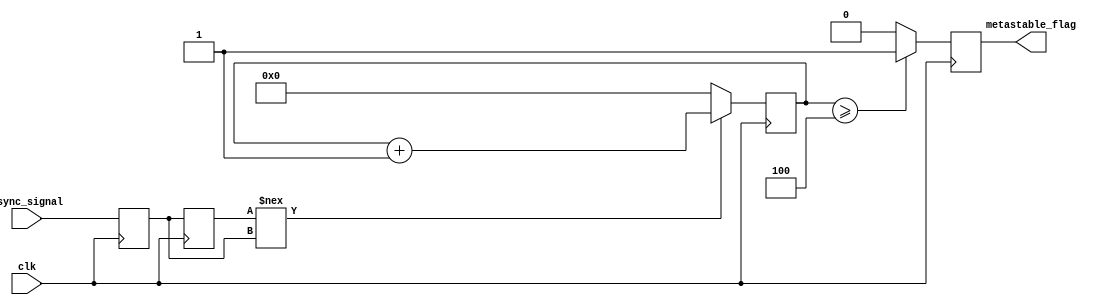
module metastability_detector #(
    parameter THRESHOLD = 4 // Number of clock cycles to confirm metastability
)(
    input wire clk,          // Sampling clock
    input wire async_signal, // Asynchronous input signal
    output reg metastable_flag // Flag indicating metastability
);

    reg [THRESHOLD-1:0] latch_count; // Count of consecutive unstable states
    reg latch1, latch2; // Intermediate latches

    // Sampling the asynchronous signal with latch1
    always @(posedge clk) begin
        latch1 <= async_signal; // Sample async signal
    end

    // Sampling the output of latch1 with latch2
    always @(posedge clk) begin
        latch2 <= latch1; // Sample latch1 output
    end

    // Detecting metastability based on output of latch2
    always @(posedge clk) begin
        if (latch2 !== latch1) begin
            // If latch2 output is different from latch1, increment the counter
            latch_count <= latch_count + 1;
        end else begin
            // Reset the counter if stable
            latch_count <= 0;
        end

        // Determine if metastability is detected based on the threshold
        if (latch_count >= THRESHOLD) begin
            metastable_flag <= 1'b1; // Metastability detected
        end else begin
            metastable_flag <= 1'b0; // No metastability detected
        end
    end

    // Initialize latch count
    initial begin
        latch_count = 0;
        metastable_flag = 0;
        latch1 = 0;
        latch2 = 0;
    end

endmodule